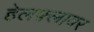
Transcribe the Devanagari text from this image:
हेलफ़्लावर